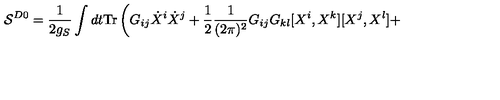
{ \cal S } ^ { D 0 } = \frac { 1 } { 2 g _ { S } } \int d t \mathrm { T r } \left( G _ { i j } \dot { X } ^ { i } \dot { X } ^ { j } + \frac { 1 } { 2 } \frac { 1 } { ( 2 \pi ) ^ { 2 } } G _ { i j } G _ { k l } [ X ^ { i } , X ^ { k } ] [ X ^ { j } , X ^ { l } ] + \right.